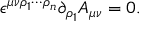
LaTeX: \epsilon ^ { \mu \nu \rho _ { 1 } \cdots \rho _ { n } } \partial _ { \rho _ { 1 } } A _ { \mu \nu } = 0 .